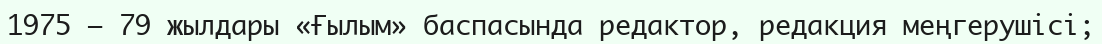
1975 – 79 жылдары «Ғылым» баспасында редактор, редакция меңгерушісі;